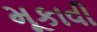
મૂકાવી